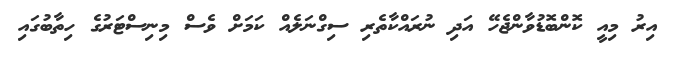
އިރު މިއީ ކޮންބޮޑުވާންޖެހޭ އަދި ނުރައްކާތެރި ސިގްނަލެއް ކަމަށް ވެސް މިނިސްޓަރުގެ ހިތާބުގައި